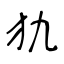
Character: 犰